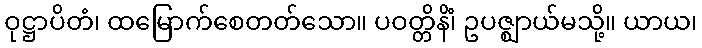
ဝုဋ္ဌာပိတံ၊ ထမြောက်စေတတ်သော။ ပဝတ္တိနိံ၊ ဥပဇ္ဈာယ်မသို့။ ယာယ၊